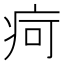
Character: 疴